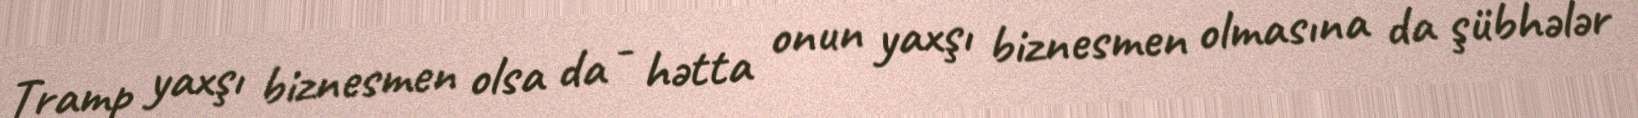
Tramp yaxşı biznesmen olsa da - hətta onun yaxşı biznesmen olmasına da şübhələr